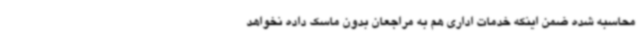
محاسبه شده ضمن اینکه خدمات اداری هم به مراجعان بدون ماسک داده نخواهد